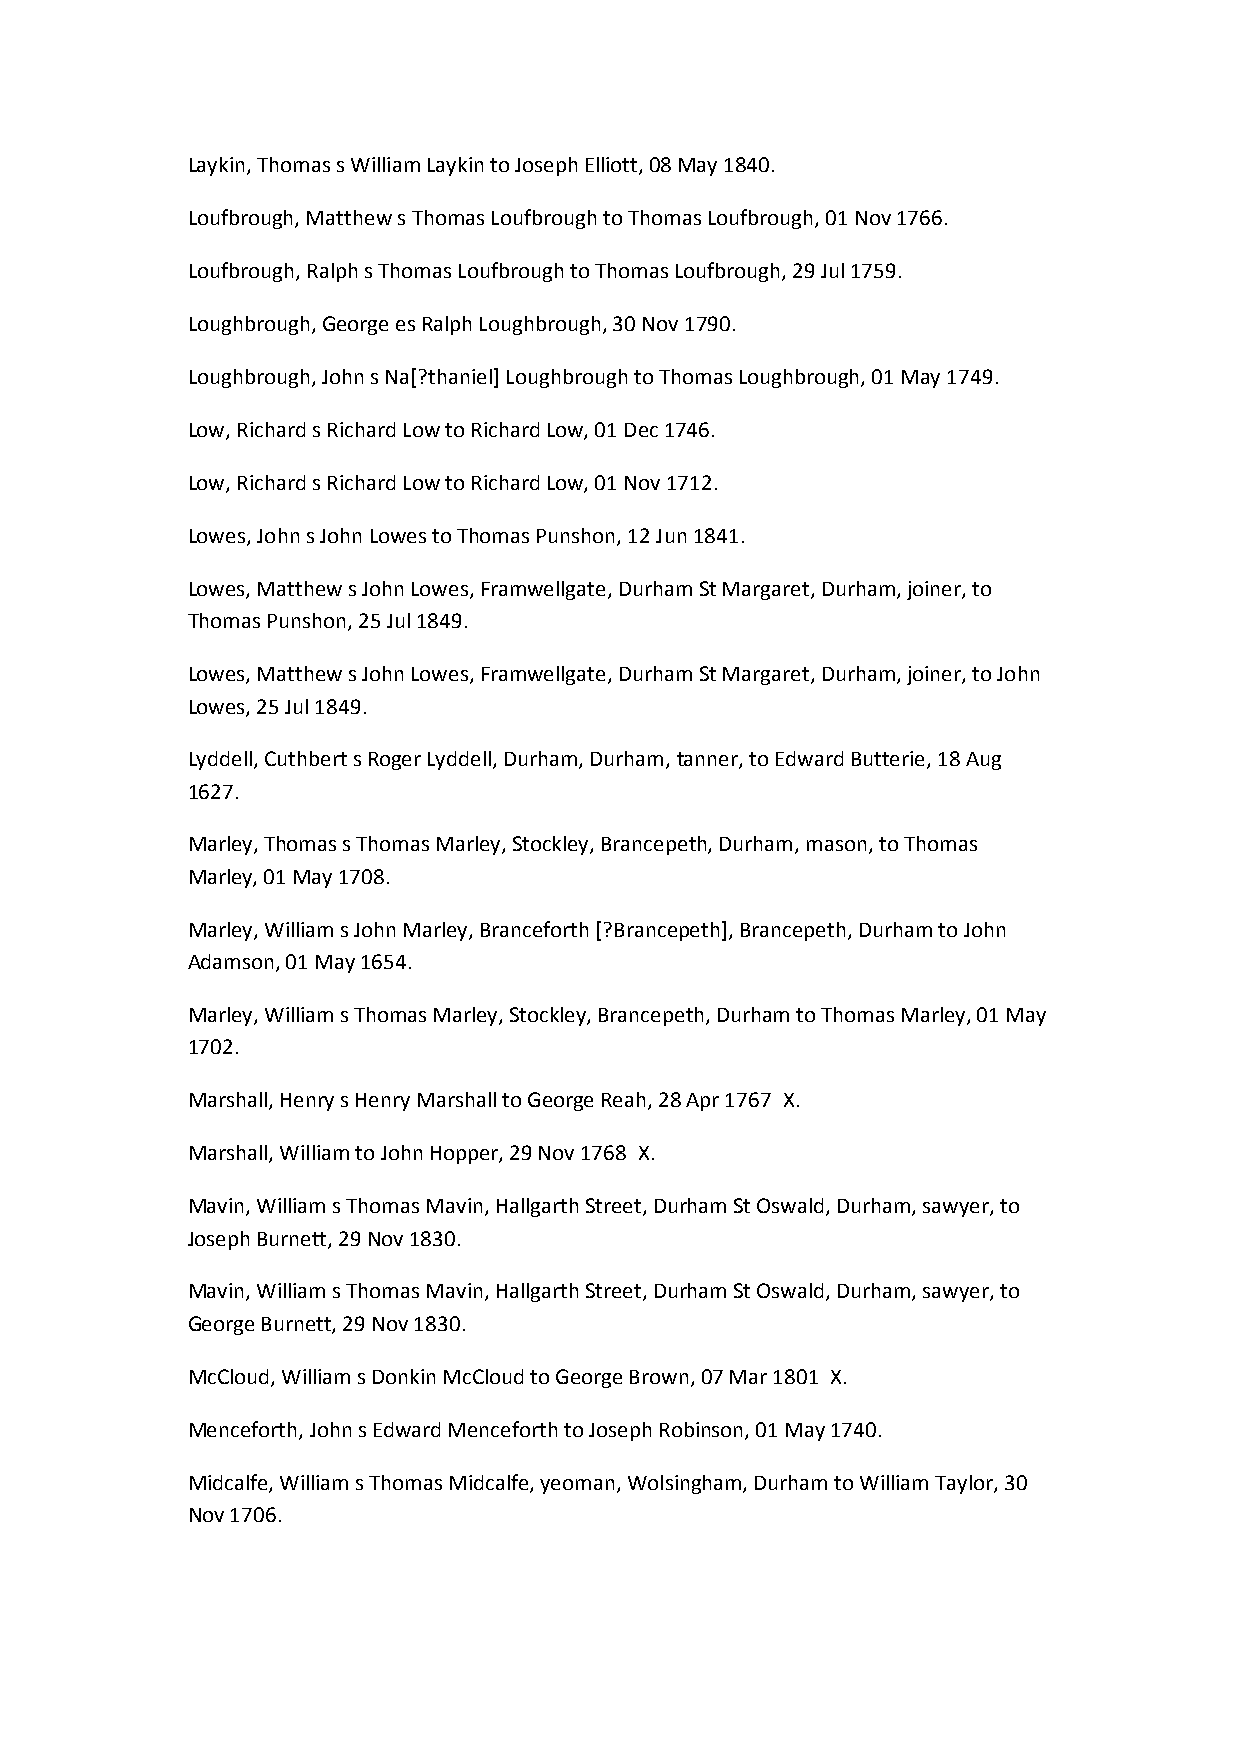
Laykin, Thomas s William Laykin to Joseph Elliott, 08 May 1840.
 Loufbrough, Matthew s Thomas Loufbrough to Thomas Loufbrough, 01 Nov 1766.
 Loufbrough, Ralph s Thomas Loufbrough to Thomas Loufbrough, 29 Jul 1759.
 Loughbrough, George es Ralph Loughbrough, 30 Nov 1790.
 Loughbrough, John s Na[?thaniel] Loughbrough to Thomas Loughbrough, 01 May 1749.
 Low, Richard s Richard Low to Richard Low, 01 Dec 1746.
 Low, Richard s Richard Low to Richard Low, 01 Nov 1712.
 Lowes, John s John Lowes to Thomas Punshon, 12 Jun 1841.
 Lowes, Matthew s John Lowes, Framwellgate, Durham St Margaret, Durham, joiner, to
 Thomas Punshon, 25 Jul 1849.
 Lowes, Matthew s John Lowes, Framwellgate, Durham St Margaret, Durham, joiner, to John
 Lowes, 25 Jul 1849.
 Lyddell, Cuthbert s Roger Lyddell, Durham, Durham, tanner, to Edward Butterie, 18 Aug
 1627.
 Marley, Thomas s Thomas Marley, Stockley, Brancepeth, Durham, mason, to Thomas
 Marley, 01 May 1708.
 Marley, William s John Marley, Branceforth [?Brancepeth], Brancepeth, Durham to John
 Adamson, 01 May 1654.
 Marley, William s Thomas Marley, Stockley, Brancepeth, Durham to Thomas Marley, 01 May
 1702.
 Marshall, Henry s Henry Marshall to George Reah, 28 Apr 1767 X.
 Marshall, William to John Hopper, 29 Nov 1768 X.
 Mavin, William s Thomas Mavin, Hallgarth Street, Durham St Oswald, Durham, sawyer, to
 Joseph Burnett, 29 Nov 1830.
 Mavin, William s Thomas Mavin, Hallgarth Street, Durham St Oswald, Durham, sawyer, to
 George Burnett, 29 Nov 1830.
 McCloud, William s Donkin McCloud to George Brown, 07 Mar 1801 X.
 Menceforth, John s Edward Menceforth to Joseph Robinson, 01 May 1740.
 Midcalfe, William s Thomas Midcalfe, yeoman, Wolsingham, Durham to William Taylor, 30
 Nov 1706.